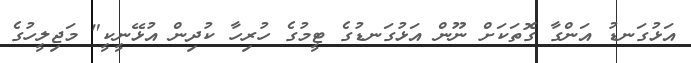
އަޅުގަނޑު އަންގާ ގޮތަކަށް ނޫން އަޅުގަނޑުގެ ޓީމުގެ ހުރިހާ ކުދިން އުޅޭނީކީ" މަޖިލީހުގެ